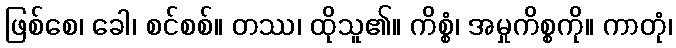
ဖြစ်စေ၊ ခေါ၊ စင်စစ်။ တဿ၊ ထိုသူ၏။ ကိစ္စံ၊ အမှုကိစ္စကို။ ကာတုံ၊